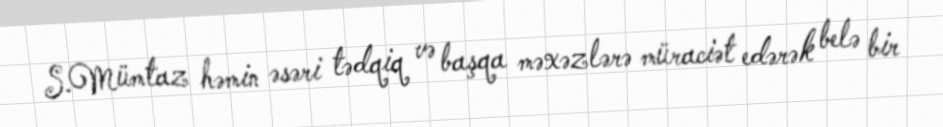
S.Mümtaz həmin əsəri tədqiq və başqa məxəzlərə müraciət edərək belə bir